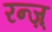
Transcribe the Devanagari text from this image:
रन्ज़्